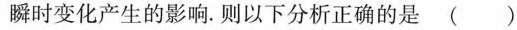
瞬时变化产生的影响。则以下分析正确的是( )